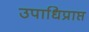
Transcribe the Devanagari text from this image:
उपाधिप्राप्त